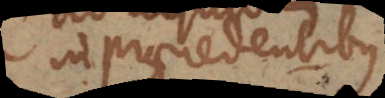
in praecedentibus